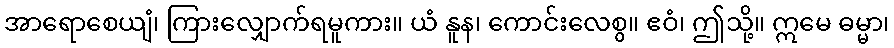
အာရောစေယျံ၊ ကြားလျှောက်ရမူကား။ ယံ နူန၊ ကောင်းလေစွ။ ဧဝံ၊ ဤသို့။ ဣမေ ဓမ္မာ၊